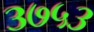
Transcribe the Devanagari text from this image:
३७५३